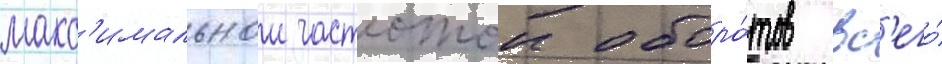
макс'имальнои частотои оборо́тов вс'его́